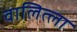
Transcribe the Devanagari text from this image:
वालित्ला